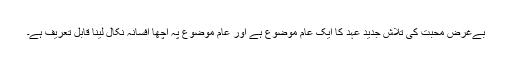
بےغرض محبت کی تلاش جدید عہد کا ایک عام موضوع ہے اور عام موضوع پہ اچھا افسانہ نکال لینا قابل تعریف ہے۔